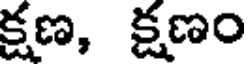
క్షణ, క్షణం